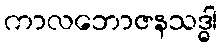
ကာလဘောဇနသဒ္ဓါ